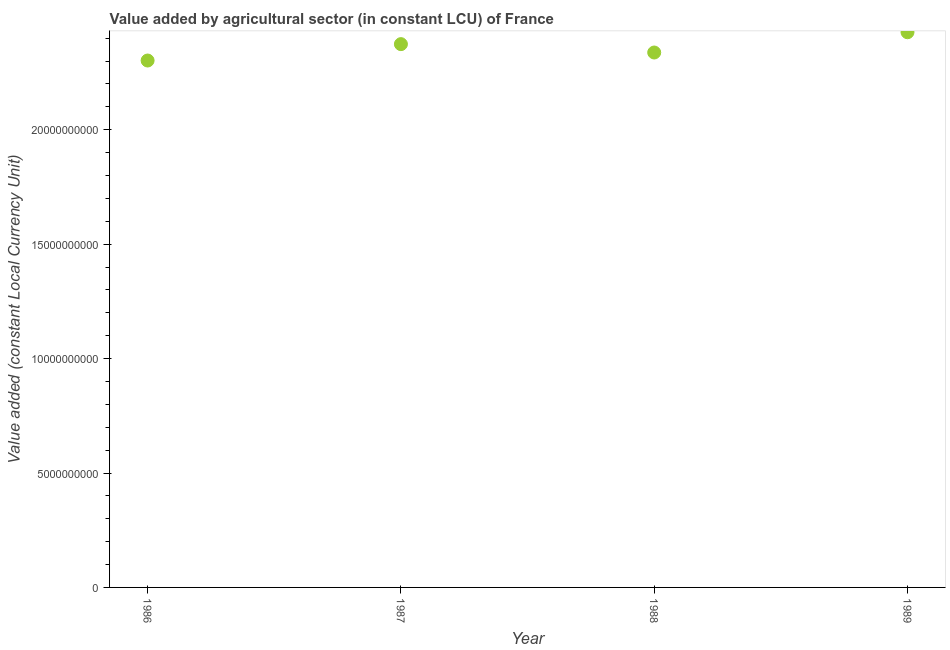
| Year | Agriculture |
 | --- | --- |
 | 1986 | 2.3e+10 |
 | 1987 | 2.37e+10 |
 | 1988 | 2.34e+10 |
 | 1989 | 2.43e+10 |